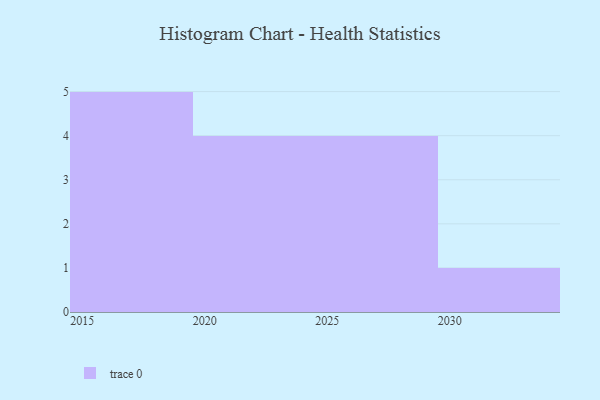
{"axis": {"x": "Year", "y": "Energy Usage (MWh)"}, "legend": [""], "data": [{"x": "2030", "y": 37, "type": ""}, {"x": "2027", "y": 73, "type": ""}, {"x": "2026", "y": 98, "type": ""}, {"x": "2015", "y": 46, "type": ""}, {"x": "2017", "y": 37, "type": ""}, {"x": "2029", "y": 18, "type": ""}, {"x": "2024", "y": 88, "type": ""}, {"x": "2022", "y": 75, "type": ""}, {"x": "2028", "y": 14, "type": ""}, {"x": "2016", "y": 51, "type": ""}, {"x": "2020", "y": 42, "type": ""}, {"x": "2019", "y": 57, "type": ""}, {"x": "2018", "y": 90, "type": ""}, {"x": "2023", "y": 68, "type": ""}]}